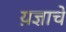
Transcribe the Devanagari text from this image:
य़ज्ञाचे